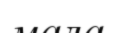
мала